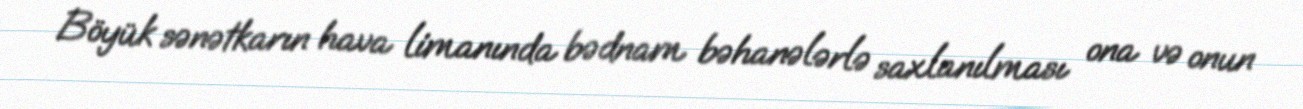
Böyük sənətkarın hava limanında bədnam bəhanələrlə saxlanılması ona və onun